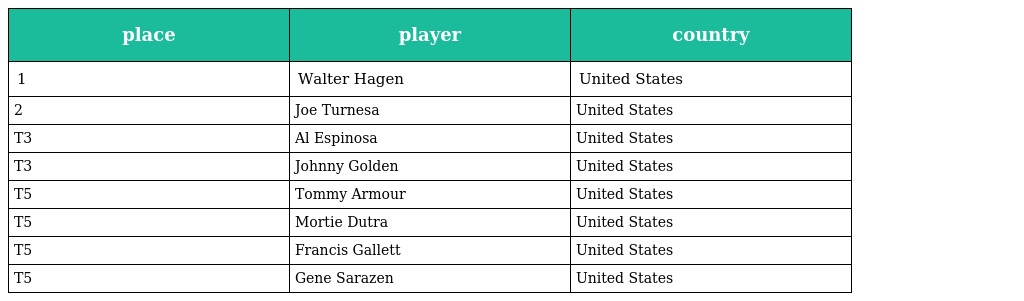
| place | player | country |
 | --- | --- | --- |
 | 1 | Walter Hagen | United States |
 | 2 | Joe Turnesa | United States |
 | T3 | Al Espinosa | United States |
 | T3 | Johnny Golden | United States |
 | T5 | Tommy Armour | United States |
 | T5 | Mortie Dutra | United States |
 | T5 | Francis Gallett | United States |
 | T5 | Gene Sarazen | United States |